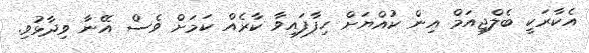
އެކާރަކީ ބެލްޖިއަމް އިން ކުއްޔަށް ހިފާފައިވާ ކާރެއް ކަމަށް ވެސް އޭނާ ވިދާޅުވި.